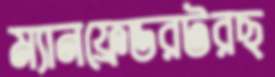
ম্যানফ্রেডরটরছ